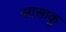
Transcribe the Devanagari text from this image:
सासाकू